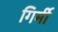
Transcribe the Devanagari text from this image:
गिर्मी